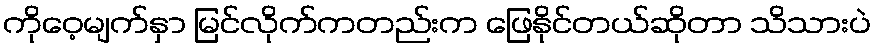
ကိုဝေ့မျက်နှာ မြင်လိုက်ကတည်းက ဖြေနိုင်တယ်ဆိုတာ သိသားပဲ